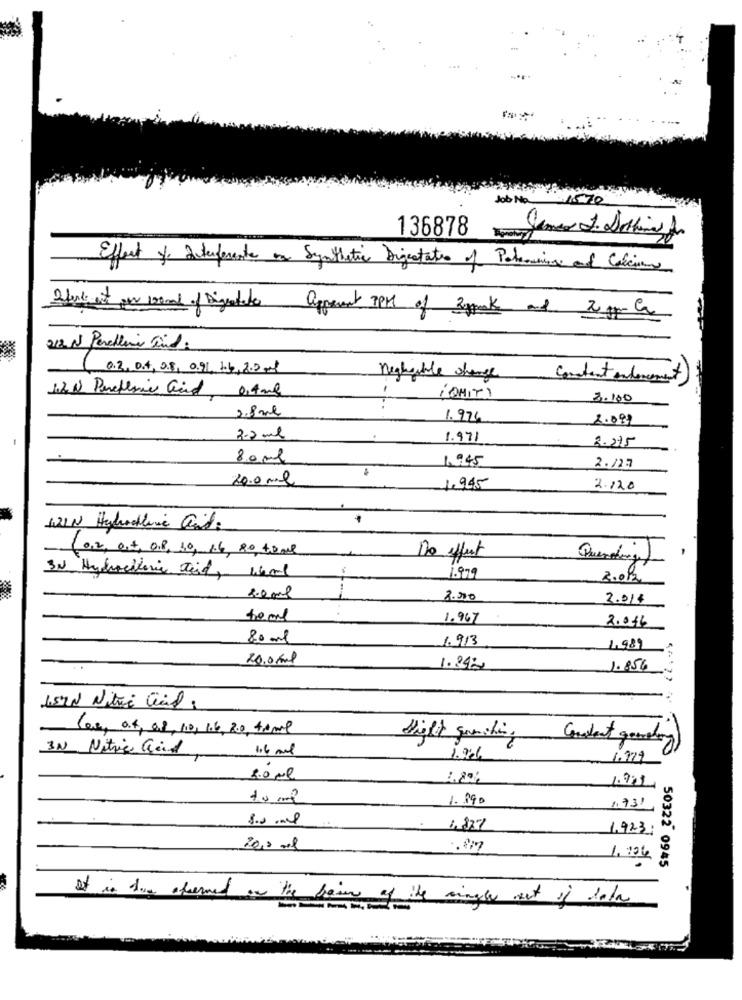
136878
Effect of Interferente on Synthetic Digestato of Potential of Calcium
Thank at our 1end of Digestato apparent PPM of Ryak and 20 gpm la
212 N Perchline ind:
0.2,04,0.5, 0.91, 16, 200 ml
nightable change
Constant Anderement
1.2 N Pereflic acid, 0,4 ml
iOMITY
3.100
2.8 ml
1.976
2.099
3.2 ml
1.971
2.275
80 ml
1945
2.725
20.0 ml
1.945
2.120
(0,2, ost, 018, 10, 1.6, 80, 40ml
Do effect
Querading)
3N Hydrochloric Did, what
1.979
2.02
2.0 ml
8.00
2.01€
1.967
2.016
80 ml
1.913
1989
20,0 mml
1.392
1.856
157Nl Nitroi Cil.
La0, 04, 08, 10, 16, 20, 40ml
Hight garching
Content gemelo
3N Nitric acid
1.6 mml
1.979
2.0 ml
18%
1991
1. 990
1.731
1.837
1.923;
20,3 mil
1.704
50322 0945
It is due offered on the brain of the rings out of Sola